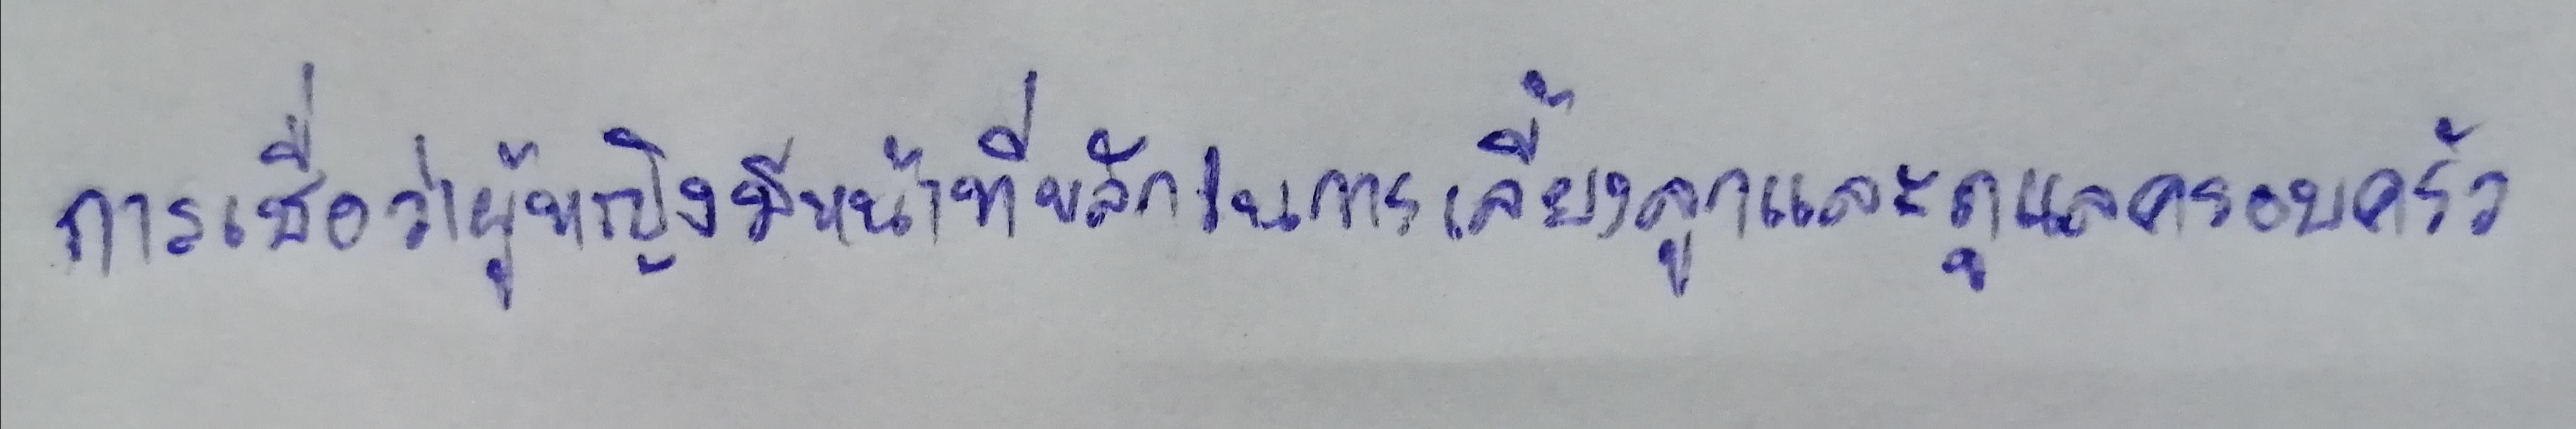
การเชื่อว่าผู้หญิงมีหน้าที่หลักในการเลี้ยงลูกและดูแลครอบครัว